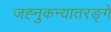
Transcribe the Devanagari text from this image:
जह्नुकन्यातरङ्गे